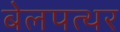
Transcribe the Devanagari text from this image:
बेलपत्थर